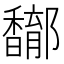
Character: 𨟝